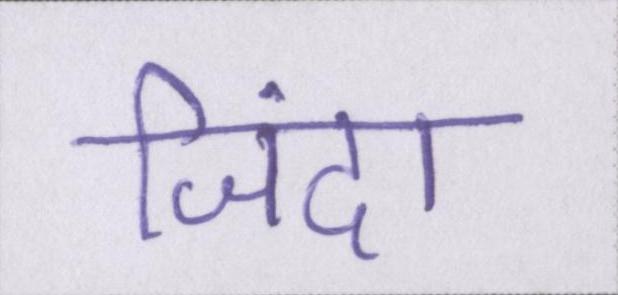
जिंदा